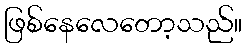
ဖြစ်နေလေတော့သည်။